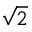
\sqrt { 2 }